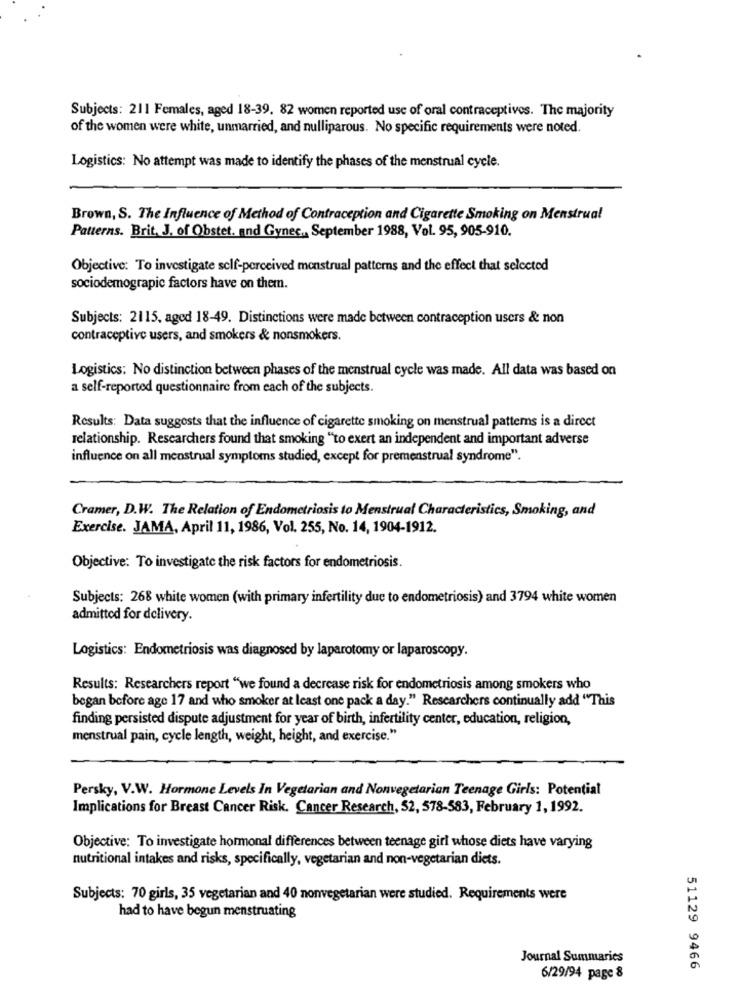
Subjects: 211 Females, aged 18-39. 82 women reported use of oral contraceptives. The majority
of the women were white, unmarried, and nulliparous. No specific requirements were noted.
Logistics: No attempt was made to identify the phases of the menstrual cycle.
Brown, S. The Influence of Method of Contraception and Cigarette Smoking on Menstrual
Patterns. Brit, J. of Obstet. and Gynec ., September 1988, Vol. 95, 905-910.
Objective: To investigate self-perceived menstrual patterns and the effect that selected
sociodemograpic factors have on them.
Subjects: 2115, agod 18-49. Distinctions were made between contraception users & non
contraceptive users, and smokers & nonsmokers.
Logistics: No distinction between phases of the menstrual cycle was made. All data was based on
a self-reported questionnaire from each of the subjects.
Results: Data suggests that the influence of cigarette smoking on menstrual patterns is a direct
relationship. Researchers found that smoking "to exert an independent and important adverse
influence on all menstrual symptoms studied, except for premenstrual syndrome".
Cramer, D.W. The Relation of Endometriosis to Menstrual Characteristics, Smoking, and
Exercise. JAMA, April 11, 1986, Vol. 255, No. 14, 1904-1912.
Objective: To investigate the risk factors for endometriosis.
Subjects: 268 white women (with primary infertility due to endometriosis) and 3794 white women
admitted for delivery.
Logistics: Endometriosis was diagnosed by laparotomy or laparoscopy.
Results: Researchers report "we found a decrease risk for endometriosis among smokers who
began before age 17 and who smoker at least one pack a day." Researchers continually add "This
finding persisted dispute adjustment for year of birth, infertility center, education, religion,
menstrual pain, cycle length, weight, height, and exercise."
Persky, V.W. Hormone Levels In Vegetarian and Nonvegetarian Teenage Girls: Potential
Implications for Breast Cancer Risk. Cancer Research, 52, 578-583, February 1, 1992.
Objective: To investigate hormonal differences between teenage girl whose diets have varying
nutritional intakes and risks, specifically, vegetarian and non-vegetarian diets.
Subjects: 70 girls, 35 vegetarian and 40 nonvegetarian were studied. Requirements were
had to have begun menstruating
Journal Summaries
51129 9466
6/29/94 page 8